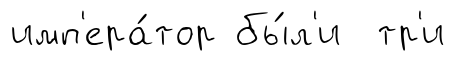
имп'ера́тор бы́л'и тр'и